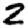
Digit: 2